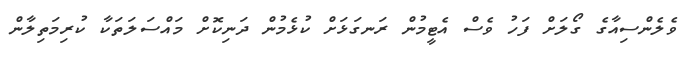
ވެލެންސިއާގެ ގޯލަށް ފަހު ވެސް އެޓީމުން ރަނގަޅަށް ކުޅެމުން ދަނިކޮށް މައްސަލަތަކާ ކުރިމަތިލާން